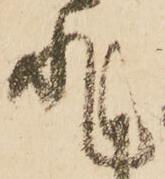
非